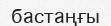
бастаңғы